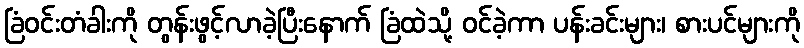
ခြံဝင်းတံခါးကို တွန်းဖွင့်လာခဲ့ပြီးနောက် ခြံထဲသို့ ဝင်ခဲ့ကာ ပန်းခင်းများ၊ စားပင်များကို